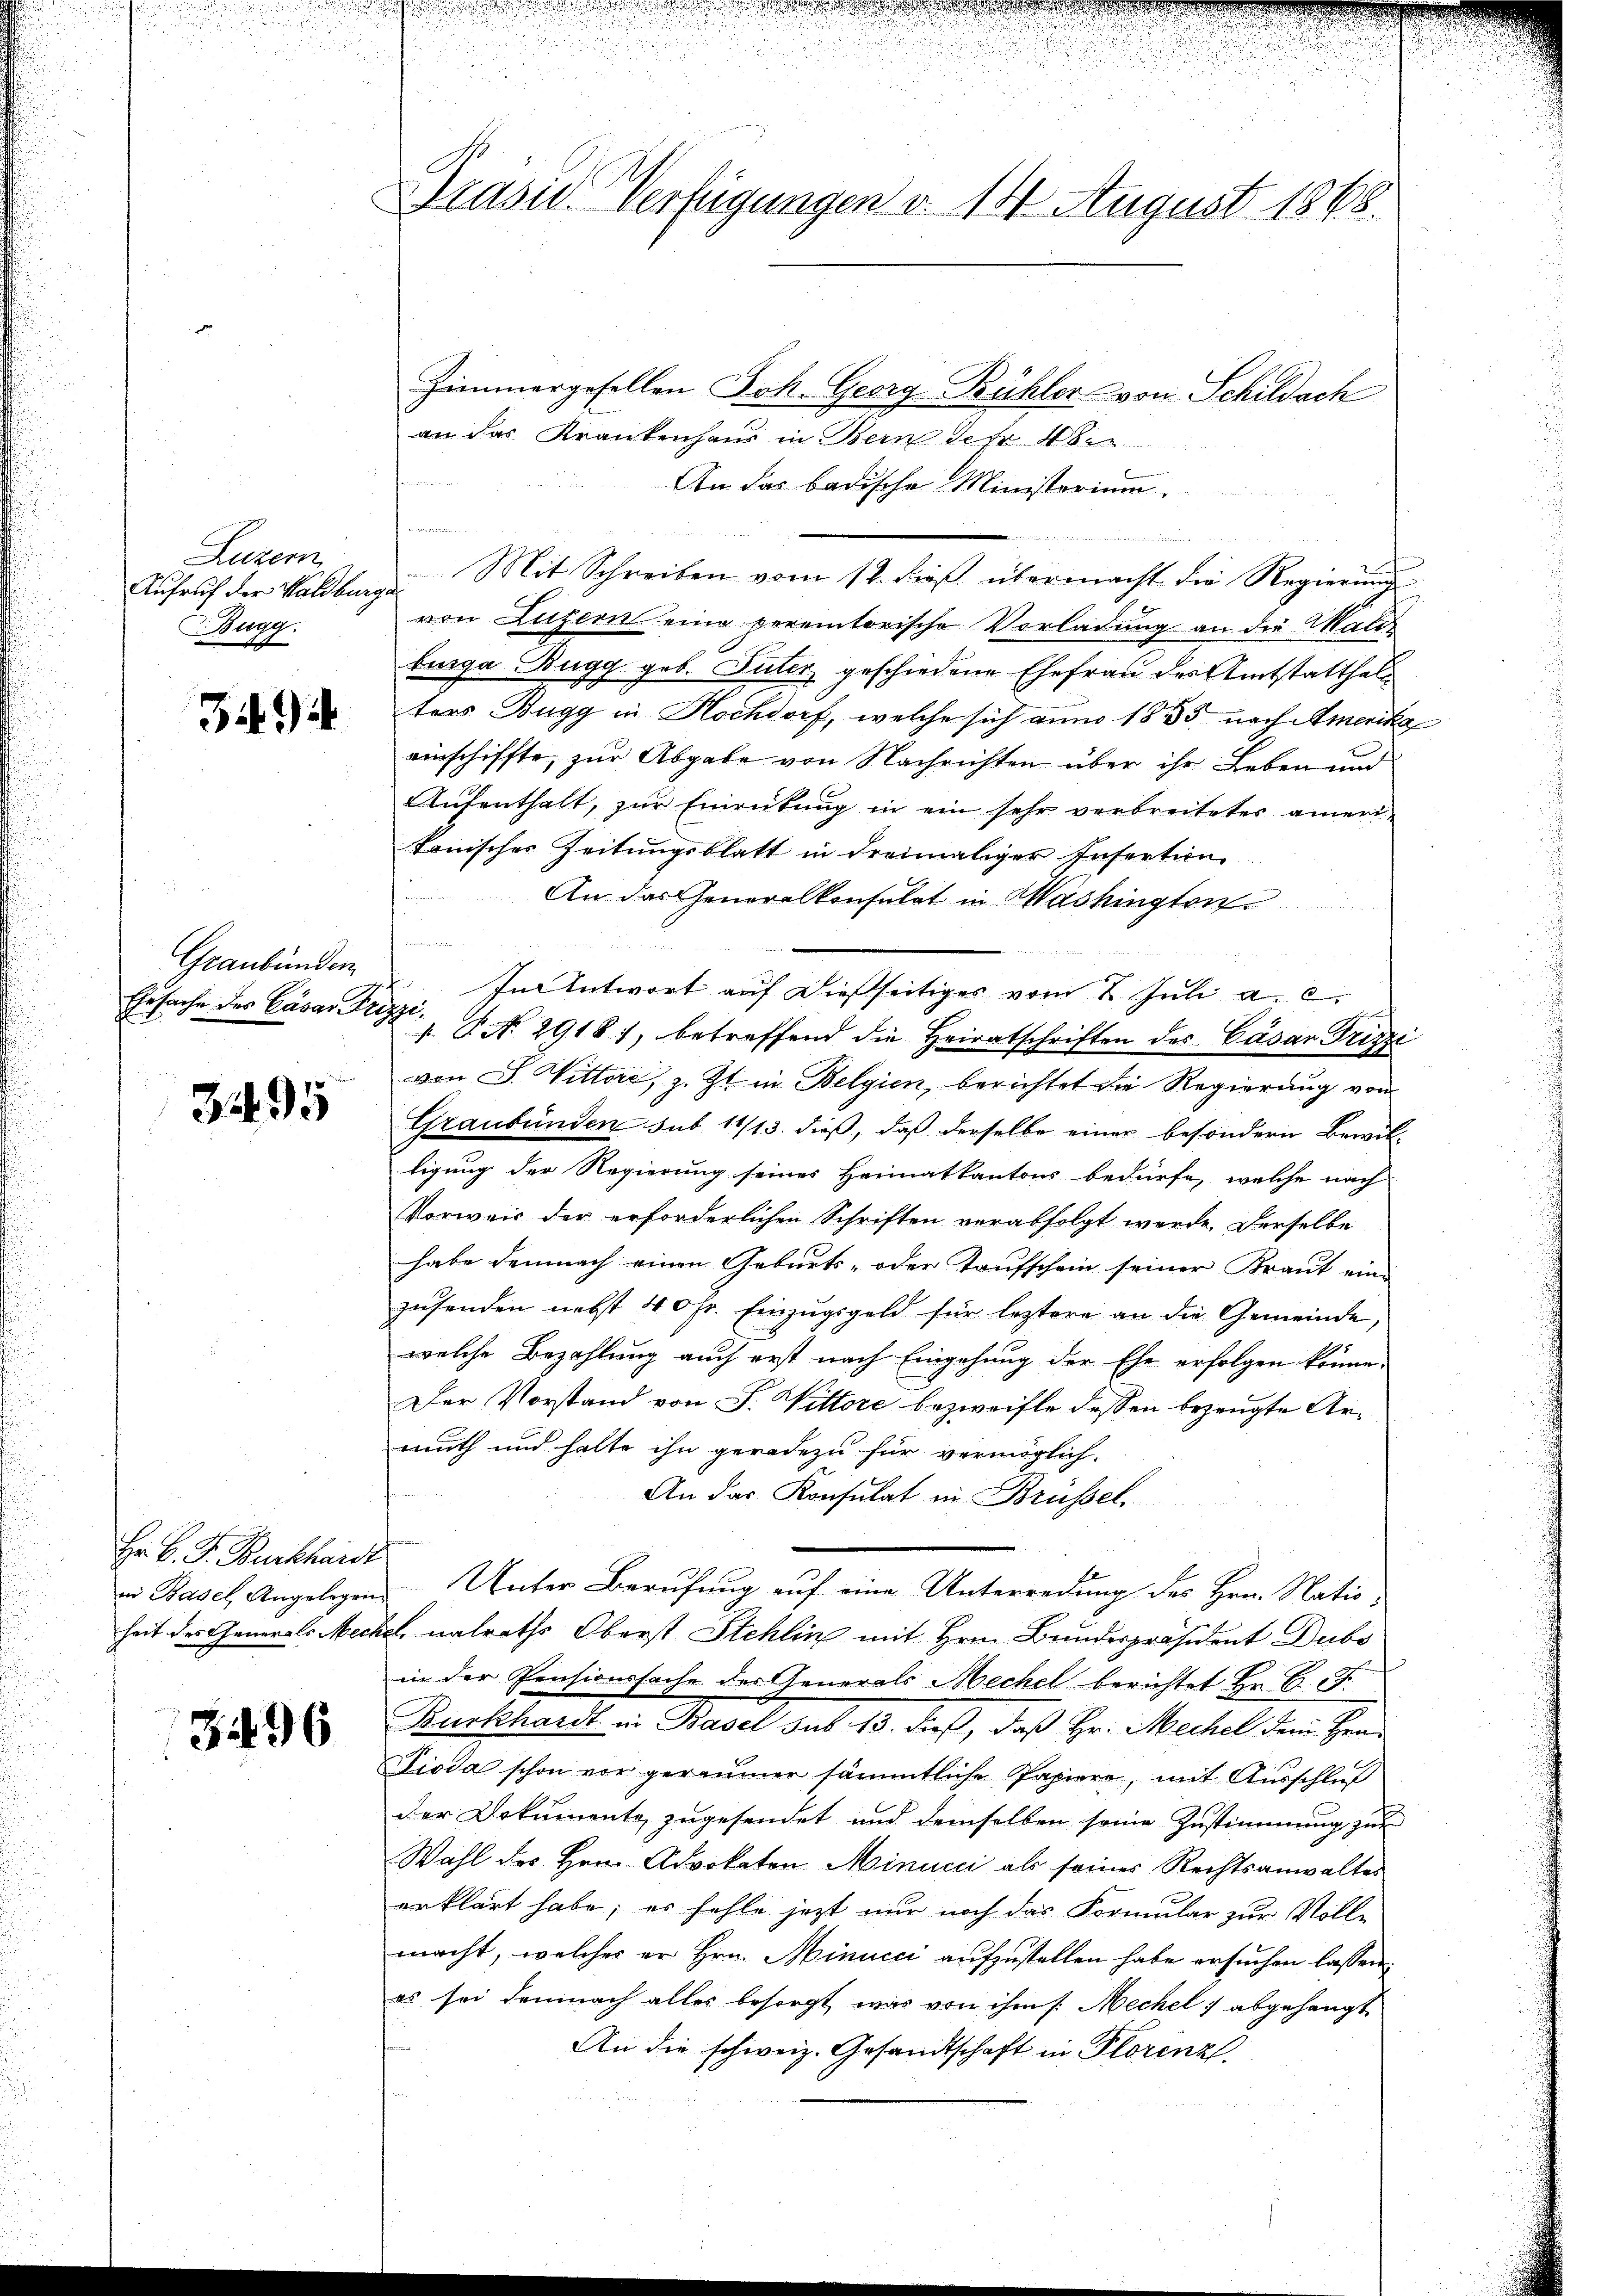
Luzern
Aufruf der Waldburg
Hurg.

3494

Graubünden
Ehrsache des Cäsar Fris

3495

Hr. C. F. Burkhardt
in Basel, Angelegen
heit des Generals Mec

31496

rasid. Verfügungen d. 14 August 1868.

Zimmergesellen Joh. Georg Bühler von Schildach
an das Krankenhaus in Bern Jahr über
henden
An das badische Ministorium.
Mit Schreiben vom 12. dieß übermacht die Regierung
von Luzern eine peremtorische Vorladung an die Maliz
burga Bugg geb. Suter geschiedene Ehefrau des Amtsstatthal
ters Bugg in Hochdorf, welche sich anno 1833 nach Amerika
einschiffte, zur Abgabe von Nachrichten über ihr Leben und
Aufenthalt, zur Einrückung in ein sehr verbreitetes amerikonischer Zeitungsblatt in dreimaliger Insertion
An das Generalkonsulat in Washington
Den 1. 15
In Antwort auf dießseitiges vom 2. Juli a. c.
ge
 P. N. 29181, betreffend die Heiratschriften des Cäsar Drizzi
von S. Vittore, z. Zt. in Belgien, berichtet die Regierung von
Graubünden sub. 14/13. dieß, daß derselbe einer besondern Bewil-
ligung der Regierung seines Heimatkantons bedürfe, welche nach
Vorweis der erforderlichen Schriften vorabfolgt werde. Derselbe
habe demnach einen Geburts- oder Taufschein seiner Kraut ein-
zusenden nebst 40 fr. Einzugsgeld für leztere an die Gemeinde,
welche Bezahlung auch erst nach Eingehung der Ehe erfolgen könne.
Der Vorstand von F. Wittore bezweifte dessen bezeugte Armuth und halte ihn geradezu für vermöglich.
An das Konsulat in Brüssel.
i
1
Unter Berufung auf eine Unterredung des Hrn. Natio¬
Lnalraths Oberst Stehlin mit Hrn. Bundespräsident Dubs
in der Pensionssache der Generals Mechel berichtet Hr. B. J.
Burkhardt in Basel sub 15. dieß, daß Hr. Mechel dem Her¬
Vieda schon vor geräumen sämmtliche Papiere, mit Ausschluß
der Dokumente zugesendet und demselben seine Zustimmung zur
Wahl des Hrn. Advokaten Minucci als seines Rechtsanwaltes
erklärt habe; es fehle jetzt nur noch das Formular zur Volle
macht, welches er Hrn. Minucci aufzustellen habe ersuchen lassen.
es sei demnach alles besorgt, was von ihm /: Mechel abgehängt
An die schweiz. Gesandtschaft in Plorenz